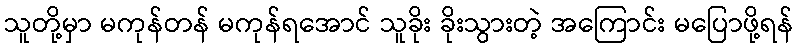
သူတို့မှာ မကုန်တန် မကုန်ရအောင် သူခိုး ခိုးသွားတဲ့ အကြောင်း မပြောဖို့ရန်